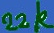
Text: 22k